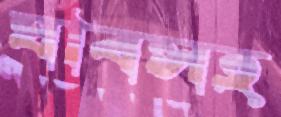
যাবসহ